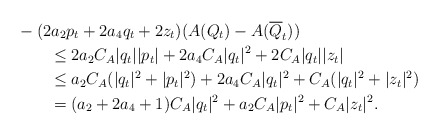
\begin{align*}& -(2 a_2 p_t+2a_4 q_t+2z_t)(A(Q_t)-A(\overline{Q}_t)) \\&\qquad\leq 2 a_2 C_A|q_t||p_t|+2a_4 C_A|q_t|^2+2 C_A|q_t||z_t| \\&\qquad\leq a_2 C_A (|q_t|^2+|p_t|^2)+2a_4 C_A|q_t|^2+C_A(|q_t|^2+|z_t|^2) \\&\qquad= (a_2+2a_4+1)C_A |q_t|^2+ a_2 C_A |p_t|^2+C_A |z_t|^2.\end{align*}